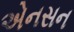
એનસન